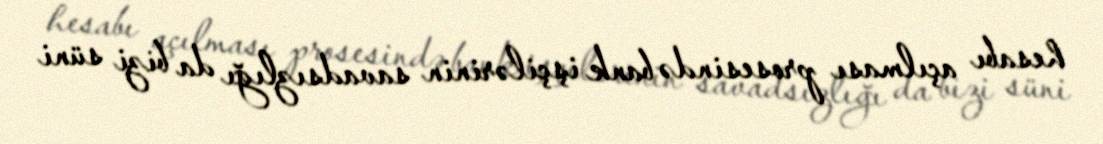
hesabı açılması prosesində bank işçilərinin savadsızlığı da bizi süni